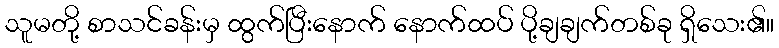
သူမတို့ စာသင်ခန်းမှ ထွက်ပြီးနောက် နောက်ထပ် ပို့ချချက်တစ်ခု ရှိသေး၏။